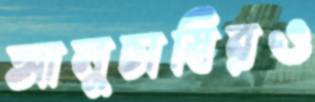
আলুচাষিরও